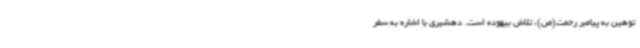
توهین به پیامبر رحمت(ص)، تلاش بیهوده است. دهشیری با اشاره به سفر